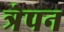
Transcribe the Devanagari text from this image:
त्रेपन